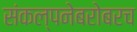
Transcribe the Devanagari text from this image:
संकल्पनेबरोबरच